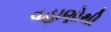
વહાણોથી